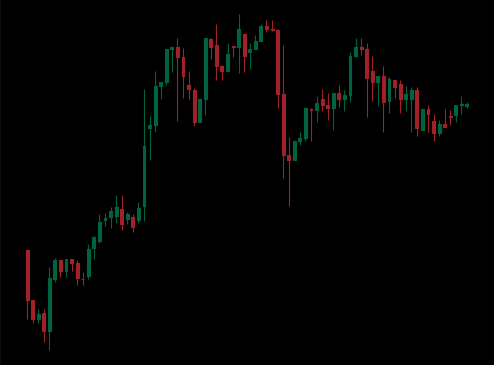
Pattern: unclassified